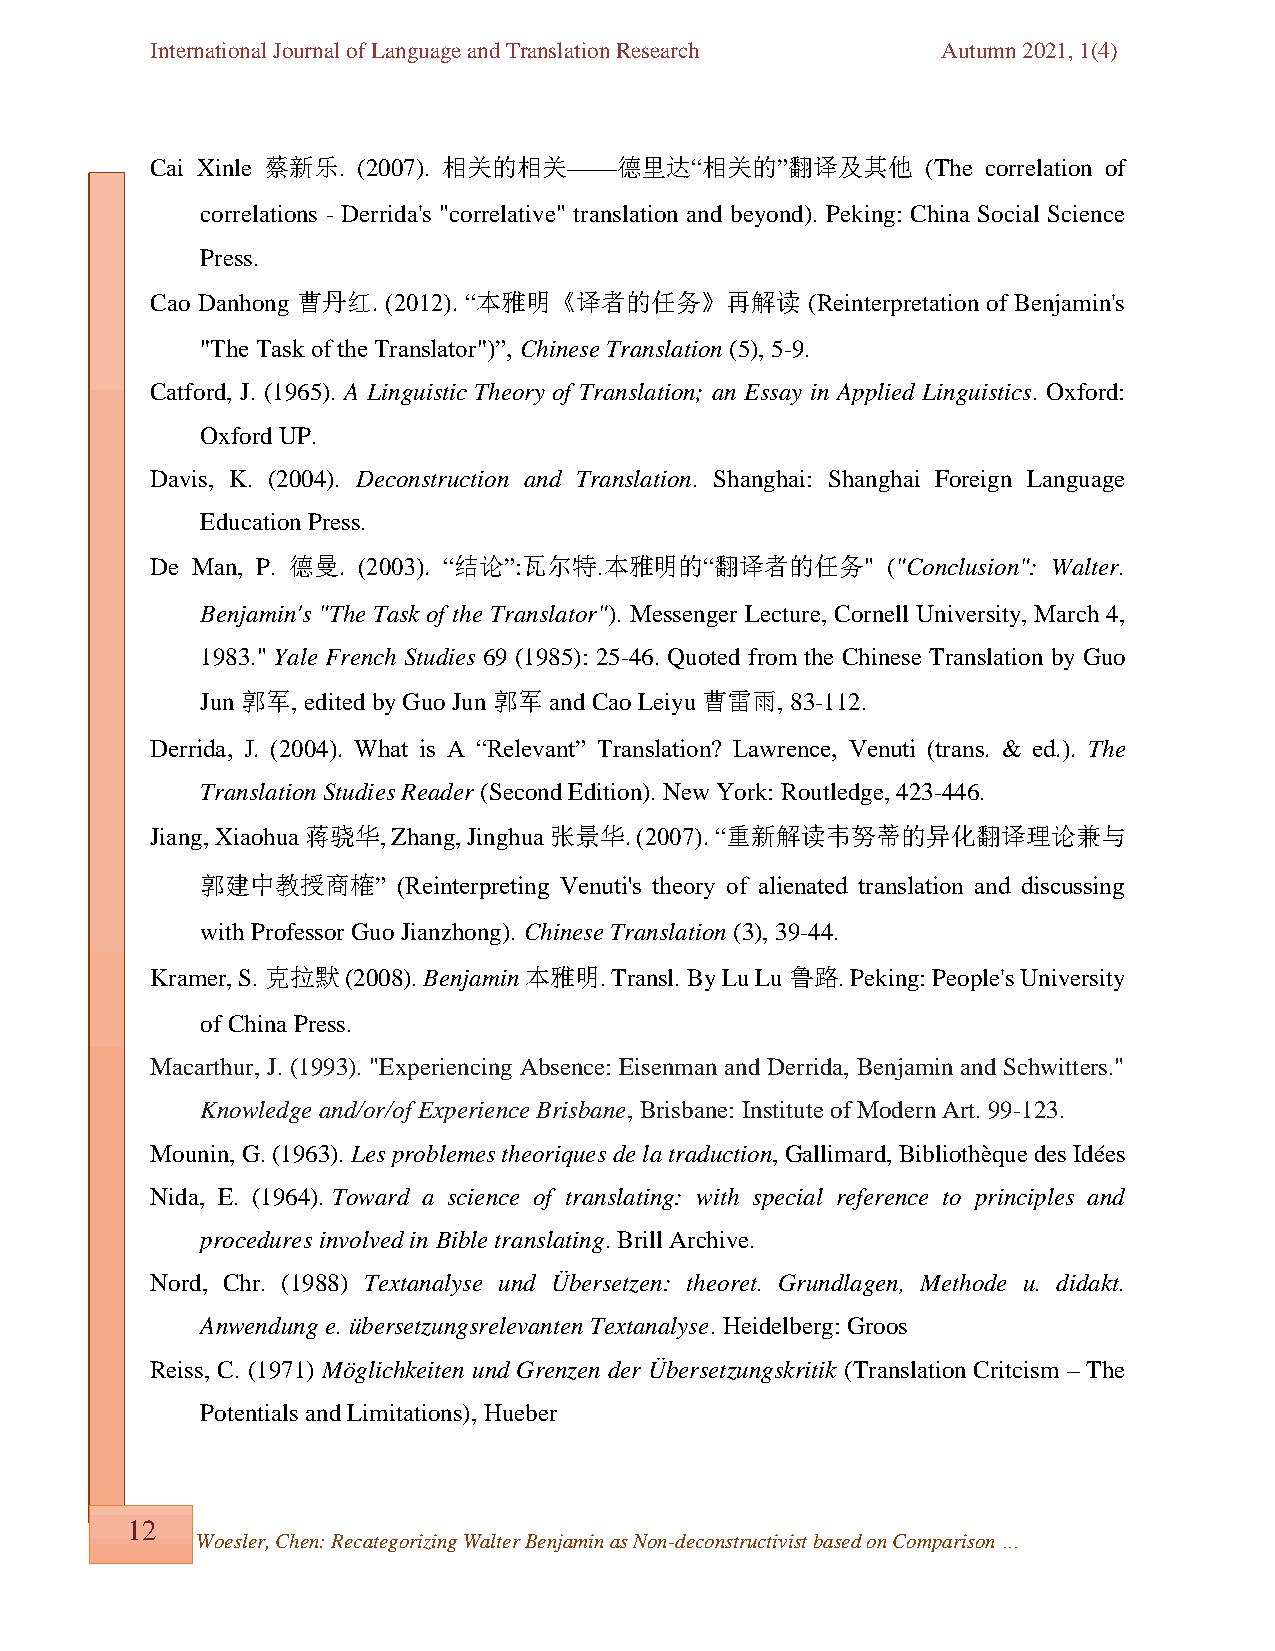
International Journal of Language and Translation Research Autumn 2021, 1(4)
 Cai Xinle 蔡新乐. (2007). 相关的相关——德里达“相关的”翻译及其他        (The correlation of
 correlations - Derrida's "correlative" translation and beyond). Peking: China Social Science
 Press.
 Cao Danhong 曹丹红. (2012). “本雅明《译者的任务》再解读     (Reinterpretation of Benjamin's
 "The Task of the Translator")”, Chinese Translation (5), 5-9.
 Catford, J. (1965). A Linguistic Theory of Translation; an Essay in Applied Linguistics. Oxford:
 Oxford UP.
 Davis, K. (2004). Deconstruction and Translation. Shanghai: Shanghai Foreign Language
 Education Press.
 De Man, P. 德曼. (2003). “结论”:瓦尔特.本雅明的“翻译者的任务"     ("Conclusion": Walter.
 Benjamin's "The Task of the Translator"). Messenger Lecture, Cornell University, March 4,
 1983." Yale French Studies 69 (1985): 25-46. Quoted from the Chinese Translation by Guo
 Jun 郭军, edited by Guo Jun 郭军 and Cao Leiyu 曹雷雨, 83-112.
 Derrida, J. (2004). What is A “Relevant” Translation? Lawrence, Venuti (trans. & ed.). The
 Translation Studies Reader (Second Edition). New York: Routledge, 423-446.
 Jiang, Xiaohua 蒋骁华, Zhang, Jinghua 张景华. (2007). “重新解读韦努蒂的异化翻译理论兼与
 郭建中教授商榷”     (Reinterpreting Venuti's theory of alienated translation and discussing
 with Professor Guo Jianzhong). Chinese Translation (3), 39-44.
 Kramer, S. 克拉默 (2008). Benjamin 本雅明. Transl. By Lu Lu 鲁路. Peking: People's University
 of China Press.
 Macarthur, J. (1993). "Experiencing Absence: Eisenman and Derrida, Benjamin and Schwitters."
 Knowledge and/or/of Experience Brisbane, Brisbane: Institute of Modern Art. 99-123.
 Mounin, G. (1963). Les problemes theoriques de la traduction, Gallimard, Bibliothèque des Idées
 Nida, E. (1964). Toward a science of translating: with special reference to principles and
 procedures involved in Bible translating. Brill Archive.
 Nord, Chr. (1988) Textanalyse und Übersetzen: theoret. Grundlagen, Methode u. didakt.
 Anwendung e. übersetzungsrelevanten Textanalyse. Heidelberg: Groos
 Reiss, C. (1971) Möglichkeiten und Grenzen der Übersetzungskritik (Translation Critcism – The
 Potentials and Limitations), Hueber
 12
 Woesler, Chen: Recategorizing Walter Benjamin as Non-deconstructivist based on Comparison …